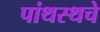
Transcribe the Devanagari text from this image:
पांथस्थचे